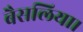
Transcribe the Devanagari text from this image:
बैसलिया।